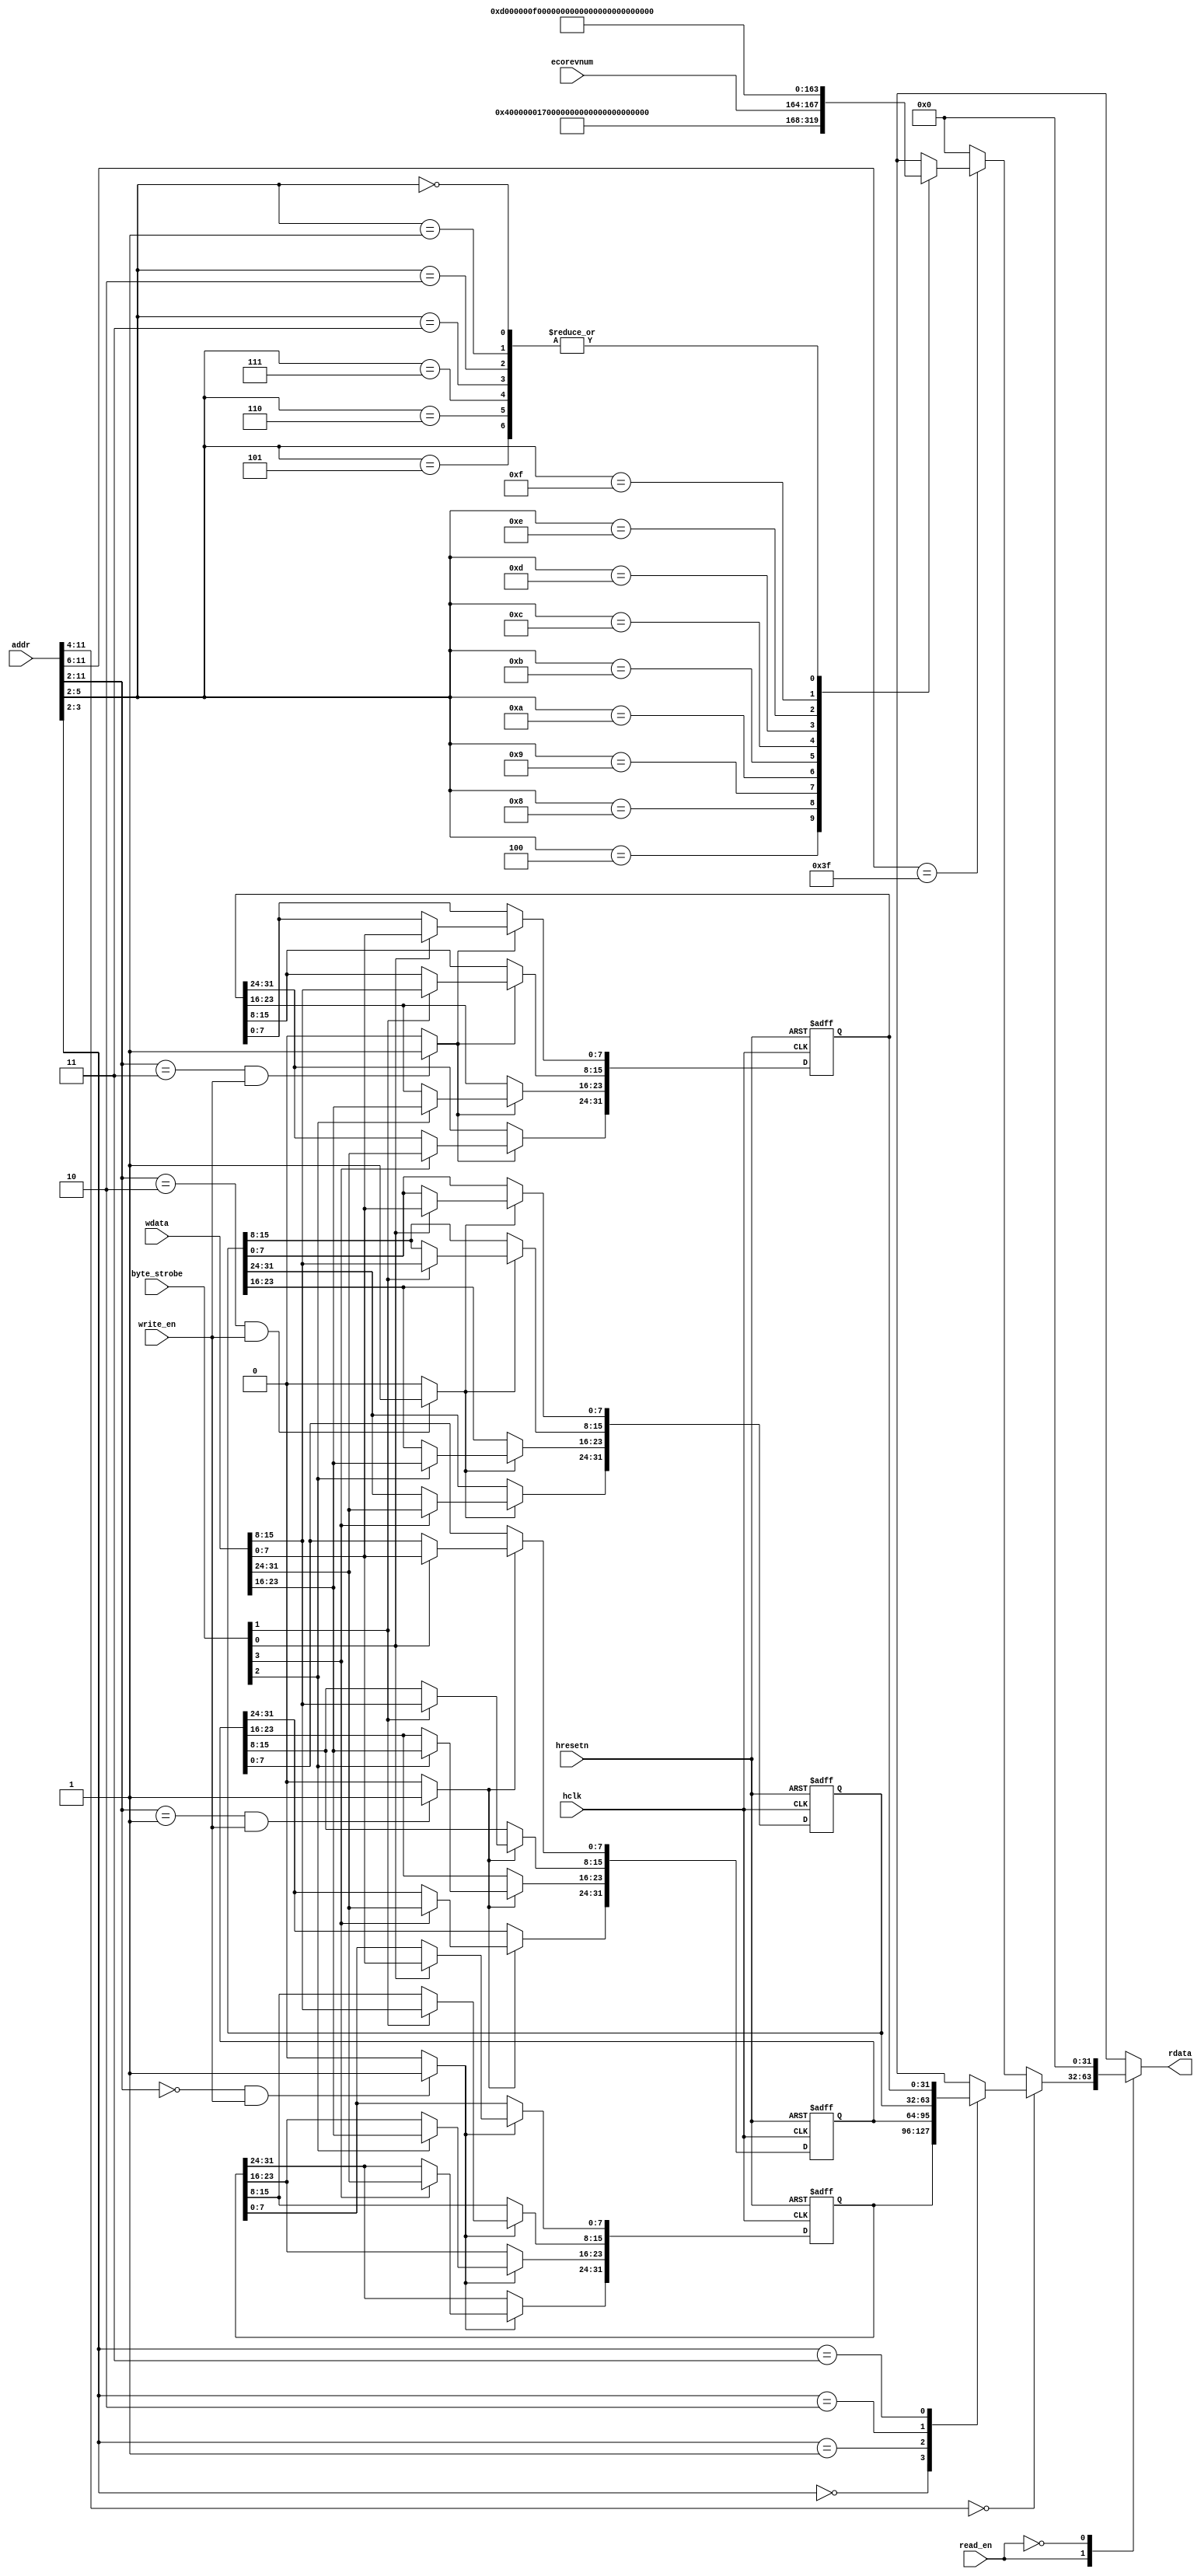
//-----------------------------------------------------------------------------
// The confidential and proprietary information contained in this file may
// only be used by a person authorised under and to the extent permitted
// by a subsisting licensing agreement from ARM Limited.
//
//            (C) COPYRIGHT 2010-2013 ARM Limited.
//                ALL RIGHTS RESERVED
//
// This entire notice must be reproduced on all copies of this file
// and copies of this file may only be made by a person if such person is
// permitted to do so under the terms of a subsisting license agreement
// from ARM Limited.
//
//      SVN Information
//
//      Checked In          : $Date: 2013-01-09 12:55:25 +0000 (Wed, 09 Jan 2013) $
//
//      Revision            : $Revision: 233070 $
//
//      Release Information : Cortex-M System Design Kit-r1p0-00rel0
//
//-----------------------------------------------------------------------------
//-----------------------------------------------------------------------------
// Abstract : AHB-lite example slave register module. provide register write
//            and read operation. Data and address valid at the same clock
//            cycle.
//-----------------------------------------------------------------------------

module cmsdk_ahb_eg_slave_reg #(
  // parameter for address width
  parameter   ADDRWIDTH=12)
 (
  input  wire                   hclk,       // clock
  input  wire                   hresetn,    // reset

   //Register interface
  input  wire [ADDRWIDTH-1:0]   addr,
  input  wire                   read_en,
  input  wire                   write_en,
  input  wire [3:0]             byte_strobe,
  input  wire [31:0]            wdata,
  input  wire [3:0]             ecorevnum,
  output reg  [31:0]            rdata);


  // internal signals
  reg    [31:0]            data0;
  reg    [31:0]            data1;
  reg    [31:0]            data2;
  reg    [31:0]            data3;
  wire   [3:0]             wr_sel;


   // Local ID parameters, AHB example slave has part number of 817
localparam  ARM_CMSDK_AHB_EG_SLAVE_PID4 = 32'h00000004; // 0xFD0 : PID 4
localparam  ARM_CMSDK_AHB_EG_SLAVE_PID5 = 32'h00000000; // 0xFD4 : PID 5
localparam  ARM_CMSDK_AHB_EG_SLAVE_PID6 = 32'h00000000; // 0xFD8 : PID 6
localparam  ARM_CMSDK_AHB_EG_SLAVE_PID7 = 32'h00000000; // 0xFDC : PID 7
localparam  ARM_CMSDK_AHB_EG_SLAVE_PID0 = 32'h00000017; // 0xFE0 : PID 0 AHB Example slave part number[7:0]
localparam  ARM_CMSDK_AHB_EG_SLAVE_PID1 = 32'h000000B8; // 0xFE4 : PID 1 [7:4] jep106_id_3_0. [3:0] part number [11:8]
localparam  ARM_CMSDK_AHB_EG_SLAVE_PID2 = 32'h0000001B; // 0xFE8 : PID 2 [7:4] revision, [3] jedec_used. [2:0] jep106_id_6_4
localparam  ARM_CMSDK_AHB_EG_SLAVE_PID3 = 32'h00000000; // 0xFEC : PID 3
localparam  ARM_CMSDK_AHB_EG_SLAVE_CID0 = 32'h0000000D; // 0xFF0 : CID 0
localparam  ARM_CMSDK_AHB_EG_SLAVE_CID1 = 32'h000000F0; // 0xFF4 : CID 1 PrimeCell class
localparam  ARM_CMSDK_AHB_EG_SLAVE_CID2 = 32'h00000005; // 0xFF8 : CID 2
localparam  ARM_CMSDK_AHB_EG_SLAVE_CID3 = 32'h000000B1; // 0xFFC : CID 3
         // Note : Customer changing the design should modify
         // - jep106 value (www.jedec.org)
         // - part number (customer define)
         // - Optional revision and modification number (e.g. rXpY)

 //------------------------------------------------------------------------------
 // module logic start
 //------------------------------------------------------------------------------
  // Address decoding for write operations
  assign wr_sel[0] = ((addr[(ADDRWIDTH-1):2]==10'b0000000000)&(write_en)) ? 1'b1: 1'b0;
  assign wr_sel[1] = ((addr[(ADDRWIDTH-1):2]==10'b0000000001)&(write_en)) ? 1'b1: 1'b0;
  assign wr_sel[2] = ((addr[(ADDRWIDTH-1):2]==10'b0000000010)&(write_en)) ? 1'b1: 1'b0;
  assign wr_sel[3] = ((addr[(ADDRWIDTH-1):2]==10'b0000000011)&(write_en)) ? 1'b1: 1'b0;


  // register write, with byte enable
   // data0
  always @(posedge hclk or negedge hresetn)
    begin
    if (~hresetn)
      begin
        data0 <= {32{1'b0}}; // reset data register to 0x00000000
      end
    else if (wr_sel[0])
      begin
        if (byte_strobe[0])
            data0[ 7: 0] <= wdata[ 7: 0];
        if (byte_strobe[1])
            data0[15: 8] <= wdata[15: 8];
        if (byte_strobe[2])
            data0[23:16] <= wdata[23:16];
        if (byte_strobe[3])
            data0[31:24] <= wdata[31:24];
      end
    end


   //data1
  always @(posedge hclk or negedge hresetn)
    begin
    if (~hresetn)
      begin
        data1 <= {32{1'b0}}; // reset data register to 0x00000000
      end
    else if (wr_sel[1])
      begin
        if (byte_strobe[0])
            data1[ 7: 0] <= wdata[ 7: 0];
        if (byte_strobe[1])
            data1[15: 8] <= wdata[15: 8];
        if (byte_strobe[2])
            data1[23:16] <= wdata[23:16];
        if (byte_strobe[3])
            data1[31:24] <= wdata[31:24];
      end
    end


  //data2
  always @(posedge hclk or negedge hresetn)
    begin
    if (~hresetn)
      begin
        data2 <= {32{1'b0}}; // reset data register to 0x00000000
      end
    else if (wr_sel[2])
      begin
        if (byte_strobe[0])
            data2[ 7: 0] <= wdata[ 7: 0];
        if (byte_strobe[1])
            data2[15: 8] <= wdata[15: 8];
        if (byte_strobe[2])
            data2[23:16] <= wdata[23:16];
        if (byte_strobe[3])
            data2[31:24] <= wdata[31:24];
      end
    end


  //data3
  always @(posedge hclk or negedge hresetn)
    begin
    if (~hresetn)
      begin
        data3 <= {32{1'b0}}; // reset data register to 0x00000000
      end
    else if (wr_sel[3])
      begin
        if (byte_strobe[0])
            data3[ 7: 0] <= wdata[ 7: 0];
        if (byte_strobe[1])
            data3[15: 8] <= wdata[15: 8];
        if (byte_strobe[2])
            data3[23:16] <= wdata[23:16];
        if (byte_strobe[3])
            data3[31:24] <= wdata[31:24];
      end
    end


 //register read
always @ (read_en or addr or data0 or data1 or data2 or data3 or ecorevnum)
 begin
   case (read_en)
     1'b1:
     begin
       if (addr[11:4] == 8'h00) begin
         case(addr[3:2])
           2'b00: rdata =  data0;
           2'b01: rdata =  data1;
           2'b10: rdata =  data2;
           2'b11: rdata =  data3;
           default: rdata = {32{1'bx}};
         endcase
       end
       else if (addr[11:6] == 6'h3F) begin
         case(addr[5:2])
          // Peripheral IDs and Component IDs.
          // AHB example slave has part number of 817
         4'b0100: rdata = ARM_CMSDK_AHB_EG_SLAVE_PID4; // 0xFD0 : PID 4
         4'b0101: rdata = ARM_CMSDK_AHB_EG_SLAVE_PID5; // 0xFD4 : PID 5
         4'b0110: rdata = ARM_CMSDK_AHB_EG_SLAVE_PID6; // 0xFD8 : PID 6
         4'b0111: rdata = ARM_CMSDK_AHB_EG_SLAVE_PID7; // 0xFDC : PID 7
         4'b1000: rdata = ARM_CMSDK_AHB_EG_SLAVE_PID0; // 0xFE0 : PID 0 AHB Example slave part number[7:0]
         4'b1001: rdata = ARM_CMSDK_AHB_EG_SLAVE_PID1; // 0xFE4 : PID 1 [7:4] jep106_id_3_0. [3:0] part number [11:8]
         4'b1010: rdata = ARM_CMSDK_AHB_EG_SLAVE_PID2; // 0xFE8 : PID 2 [7:4] revision, [3] jedec_used. [2:0] jep106_id_6_4
         4'b1011: rdata = {ARM_CMSDK_AHB_EG_SLAVE_PID3[31:8], ecorevnum[3:0], 4'h0};
                                         // 0xFEC : PID 3 [7:4]  ECO rev number, [3:0] modification number
         4'b1100: rdata = ARM_CMSDK_AHB_EG_SLAVE_CID0; // 0xFF0 : CID 0
         4'b1101: rdata = ARM_CMSDK_AHB_EG_SLAVE_CID1; // 0xFF4 : CID 1 PrimeCell class
         4'b1110: rdata = ARM_CMSDK_AHB_EG_SLAVE_CID2; // 0xFF8 : CID 2
         4'b1111: rdata = ARM_CMSDK_AHB_EG_SLAVE_CID3; // 0xFFC : CID 3
         // Note : Customer changing the design should modify
         // - jep106 value (www.jedec.org)
         // - part number (customer define)
         // - Optional revision and modification number (e.g. rXpY)
         4'b0000, 4'b0001,4'b0010,4'b0011: rdata = {32'h00000000}; // default
         default: rdata =  {32{1'bx}};  // x propogation
         endcase
       end
       else begin
         rdata = {32'h00000000}; // default
       end
     end
   1'b0:
     begin
       rdata =  {32{1'b0}};
     end
   default:
     begin
       rdata =  {32{1'bx}};
     end
   endcase
 end

 //------------------------------------------------------------------------------
 // module logic end
 //------------------------------------------------------------------------------



 endmodule